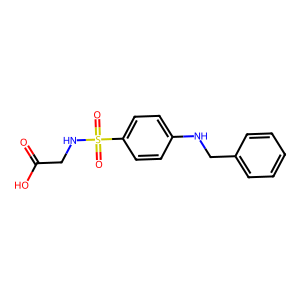
SMILES: O=C(O)CNS(=O)(=O)c1ccc(NCc2ccccc2)cc1
Inhibits HIV replication: No